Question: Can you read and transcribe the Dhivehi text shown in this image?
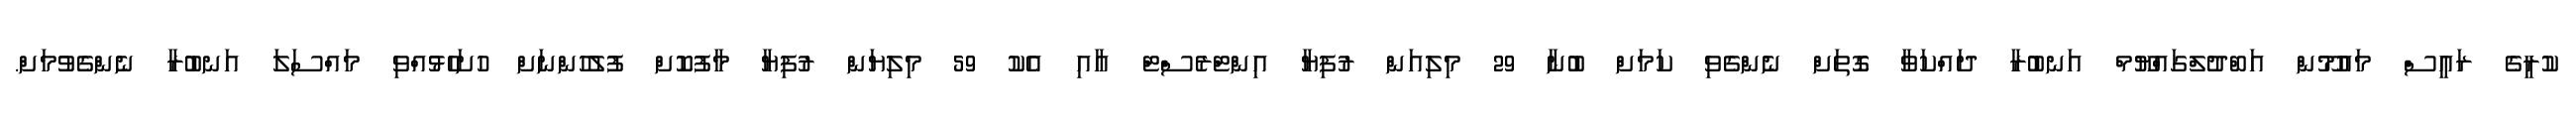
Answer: ކުރީގެ ރައީސް މައުމޫން އަބްދުލްގައްޔޫމް އަނބުރާ ދައްކަވާ ގޮތަށް ނެންގެވި ކަމަށް ބުނާ 29 މިލިއަން ރުފިޔާ އިންޓްރެސްޓް އާއި އެކު 59 މިލިޔަން ރުފިޔާ މާފުކޮށް ފުލުހުންނަށް ހުށަހެޅުއްވި މައްސަލަ އަނބުރާ ނެންގެވުމަށް.